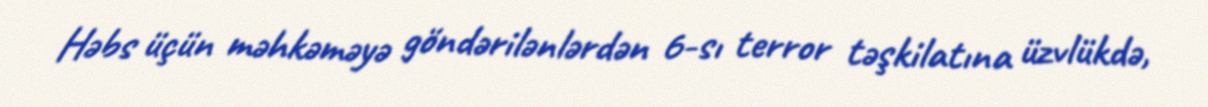
Həbs üçün məhkəməyə göndərilənlərdən 6-sı terror təşkilatına üzvlükdə,